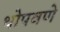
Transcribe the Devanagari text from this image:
थोपवणे